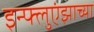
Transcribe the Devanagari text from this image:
इन्फ्लुएंझाच्या